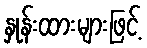
နှုန်းထားများဖြင့်